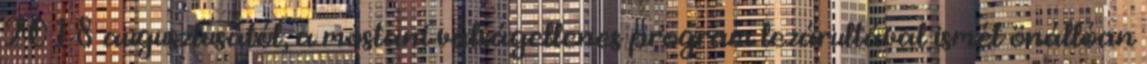
2018 augusztusától, a mostani válságellenes program lezárultával ismét önállóan